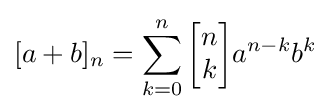
[a+b]_{n}=\sum _{k=0}^{n}{\begin{bmatrix}n\\k\end{bmatrix}}a^{n-k}b^{k}